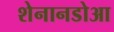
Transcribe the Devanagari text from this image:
शेनानडोआ